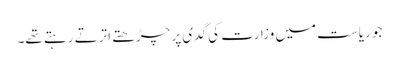
جو ریاست میں وزارت کی گدی پر چڑھتے اترتے رہتے تھے۔